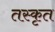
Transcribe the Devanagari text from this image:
तस्कृत